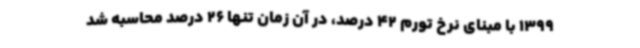
1399 با مبنای نرخ تورم 42 درصد، در آن زمان تنها 26 درصد محاسبه شد